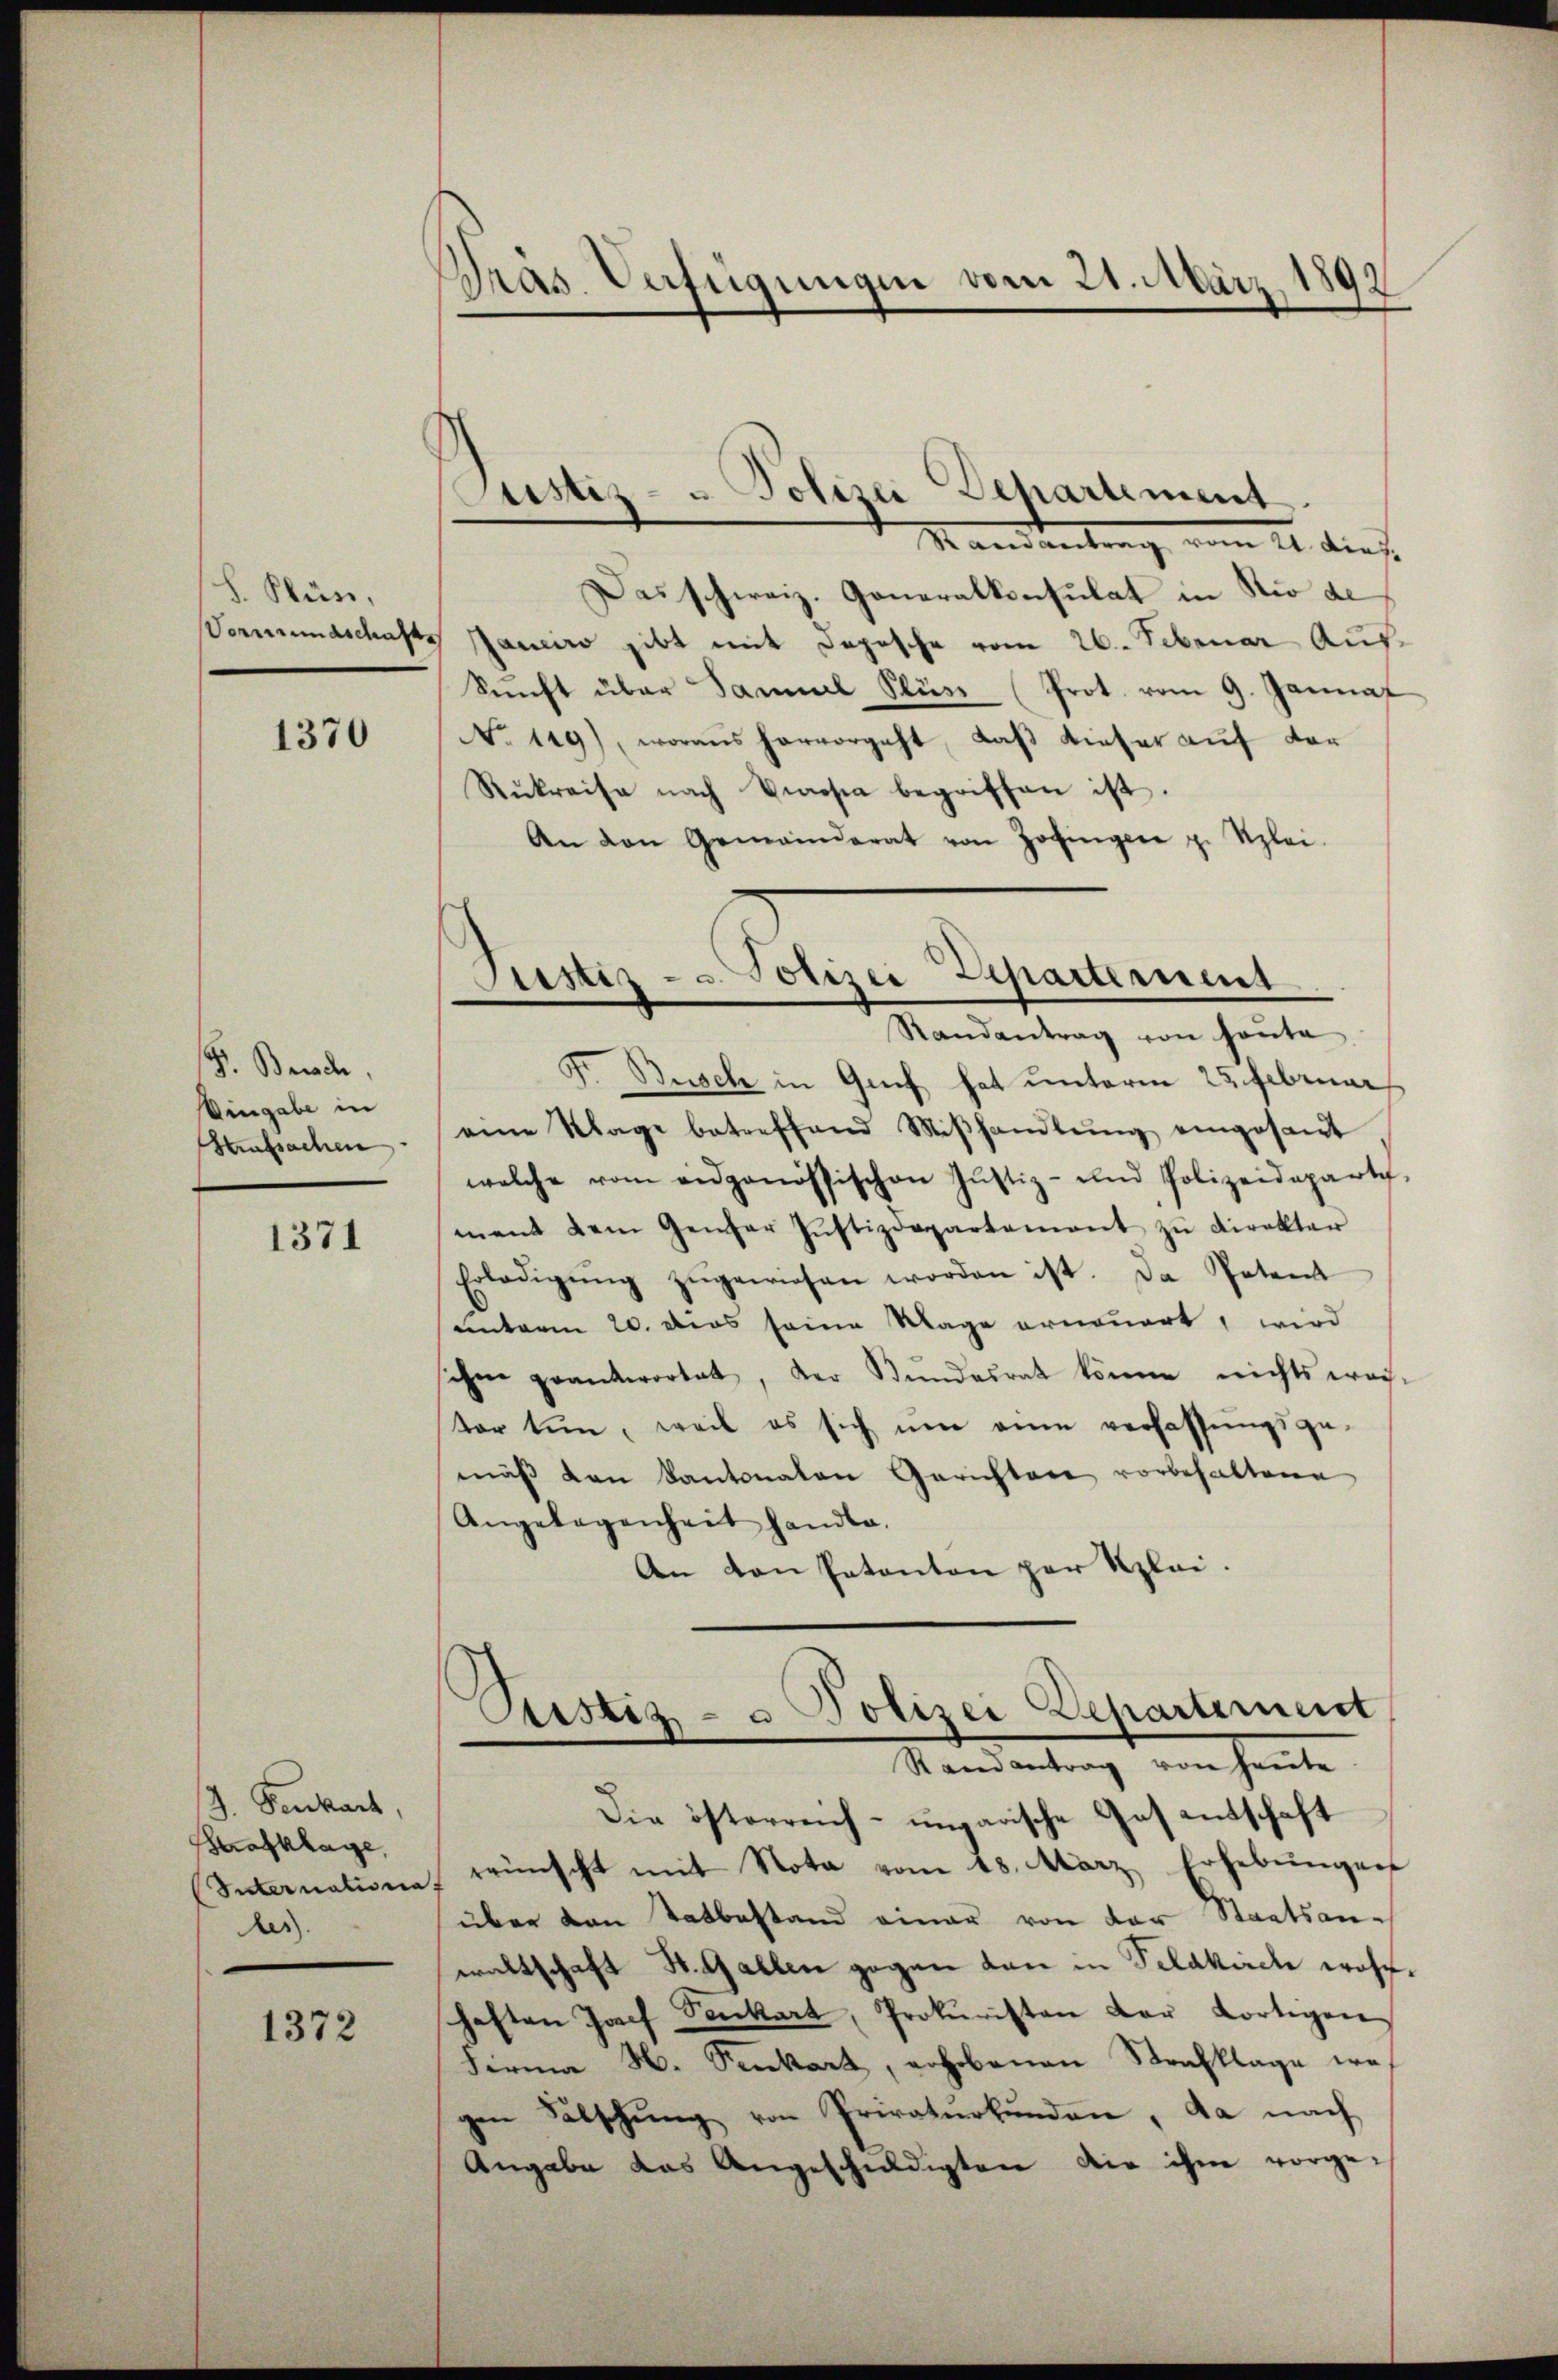
S. Kün
Vormundschafts

1370

F. Berch,
Eingabe in
Haufsachen

1371

J. Fenkart,
Brafklage
Internationa
her

1372

Präs. Verfügungen vom 21. März 1892

Justiz- u Polizei Departement.

Mandantung vom 21. dies
Das schweiz. Generalkonsulat in Rio de
Janeiro gibt mit Depesche vom 26. Februar Aus¬
Sŭnft über Samuel Stür (Prot. vom 9. Januar
No 119), woraus hervorgeht, daβ dieser aŭf vor
Rükreise nach Visa begriffen ist.
An den Gemeinderat von Zofingen z. Szlei-
Fr Busch in Genf hat unterm 25. Februar
eine Klage betreffend Miβhandlŭng eingesamt
welche vom eidgenössischen Justiz- und Polizeideparte,
ment dem Genfer Justizdepartement zŭ direktor
Erledigŭng zugewiesen worden ist. Da Petent
unterm 20. dies seine Wage erneuert, wird
schen grantwortet, der Bundesrat könne nichts wech-
tor tun, weil es sich um eine verfassungsge-
mäß den Kantonalen Gerichtere vorbehaltene
Angelegenheit handle.
An den Patanton par Klei¬
Ristiz- & Polizei Departement
Mandantung ein heute
Die österreich- ungarische Gas entschaft
rrünscht mit Nota vom 18. März Erhebŭngen
über den Tatbestand einer von der Staatsan-
waltschaft St. Gallen gegen dan in Pelakirche wohl
haften Josef Senkart, Prokuristen der dortigen
Ferma H. Senkart, erhobenen Strafklage wegen Fälschung von Privaturbunden, da nach
Angabe das Angeschuldigten die ihm vorge-

Justiz- u. Polizei Zepartement
Randantrag von heŭte

I